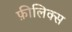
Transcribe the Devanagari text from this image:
फ़ीलिक्स